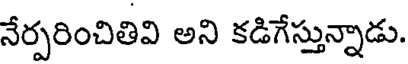
నేర్పరించితివి అని కడిగేస్తున్నాడు.